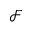
\mathcal { F }